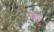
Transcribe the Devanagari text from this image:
क्रुग